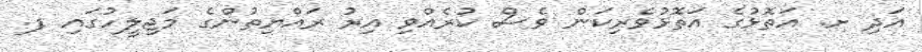
އަދި ށ. އަތޮޅުގެ އަތޮޅުވެރިކަން ވެސް ކުރެއްވި އިރު ރައްޔިތުންގެ މަޖިލީހުގައި ފ.